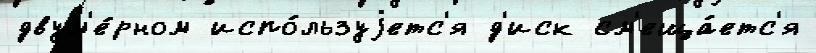
двум'е́рном испо́льзуjетс'я д'иск см'еща́етс'я